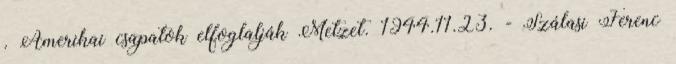
. Amerikai csapatok elfoglalják Metzet. 1944.11.23. - Szálasi Ferenc